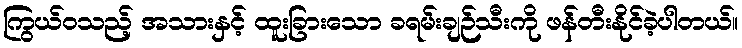
ကြွယ်ဝသည့် အသားနှင့် ထူးခြားသော ခရမ်းချဉ်သီးကို ဖန်တီးနိုင်ခဲ့ပါတယ်။